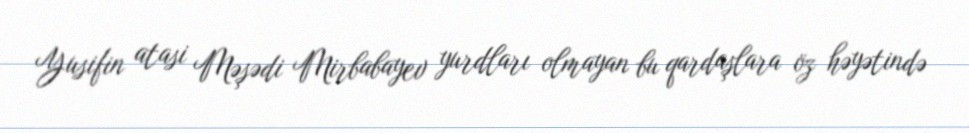
Yusifin atasi Məşədi Mirbabayev yurdları olmayan bu qardaşlara öz həyətində